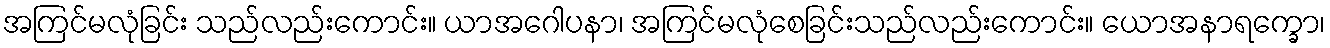
အကြင်မလုံခြင်း သည်လည်းကောင်း။ ယာအဂေါပနာ၊ အကြင်မလုံစေခြင်းသည်လည်းကောင်း။ ယောအနာရက္ခော၊